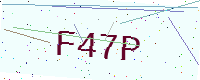
Text: F47P